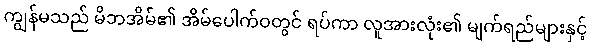
ကျွန်မသည် မိဘအိမ်၏ အိမ်ပေါက်ဝတွင် ရပ်ကာ လူအားလုံး၏ မျက်ရည်များနှင့်